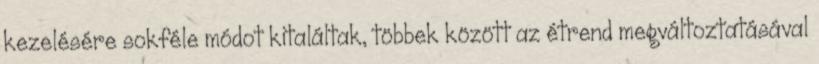
kezelésére sokféle módot kitaláltak, többek között az étrend megváltoztatásával